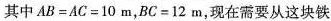
其中$$A B = A C = 1 0 m$$，$$B C = 1 2 m$$，现在需要从这块铁